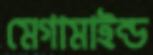
মেগামাইন্ড